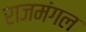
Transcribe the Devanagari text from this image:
राजमंगल